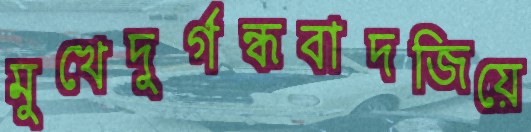
মুখেদুর্গন্ধবাদজিয়ে